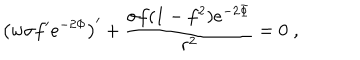
\left( w \sigma f ^ { \prime } e ^ { - 2 \Phi } \right) ^ { \prime } + \frac { \sigma f ( 1 - f ^ { 2 } ) e ^ { - 2 \Phi } } { r ^ { 2 } } = 0 \; ,